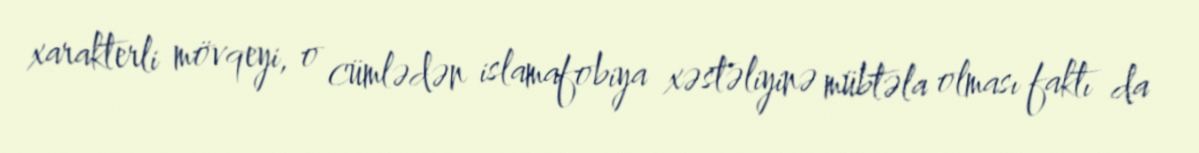
xarakterli mövqeyi, o cümlədən islamafobiya xəstəliyinə mübtəla olması faktı da